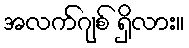
အလက်ဂျစ် ရှိလား။